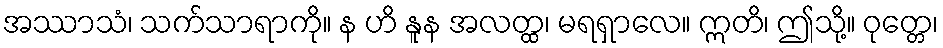
အဿာသံ၊ သက်သာရာကို။ န ဟိ နူန အလတ္ထ၊ မရရှာလေ။ ဣတိ၊ ဤသို့။ ဝုတ္တေ၊